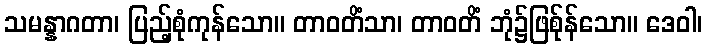
သမန္နာဂတာ၊ ပြည့်စုံကုန်သော။ တာဝတိံသာ၊ တာဝတိံ ဘုံ၌ဖြစ်ုန်သော။ ဒေဝါ၊